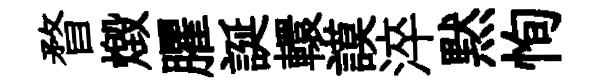
瞀燬臞誕轘謨淬黙恂